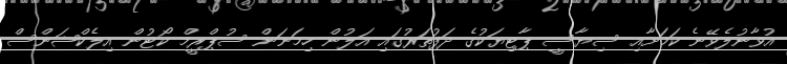
އުވާނުލެވޭނެ ކަމަށާއި ސިޔާސީ ޕާޓިޔަކުގެ ދަފުތަރުގައި އަލުން ހިމަނަން ސުޕްރީމް ކޯޓުން އިލެކްޝަންސް